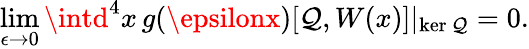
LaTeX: \operatorname*{lim}_{\epsilon\to0}\intd^{4}x\, g(\epsilonx)[\mathcal{Q},W(x)]\vert_{\mathrm{{ker}}\, \mathcal{Q}}=0.